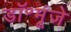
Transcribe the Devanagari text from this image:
डॉ॰मूंजे